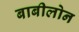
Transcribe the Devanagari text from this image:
बाबीलोन